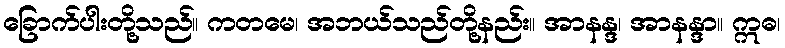
ခြောက်ပါးတို့သည်။ ကတမေ၊ အဘယ်သည်တို့နည်း။ အာနန္ဒ၊ အာနန္ဒာ။ ဣဓ၊